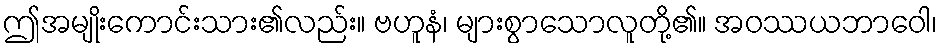
ဤအမျိုးကောင်းသား၏လည်း။ ဗဟူနံ၊ များစွာသောလူတို့၏။ အဝဿယဘာဝေါ၊